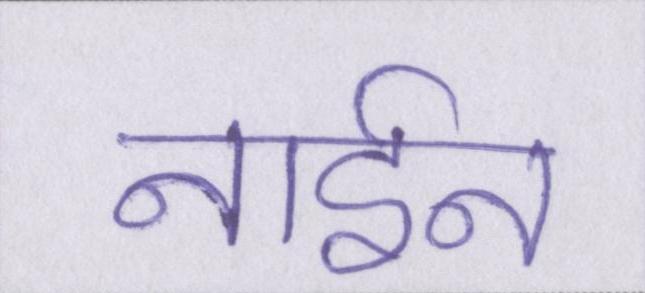
नाईन